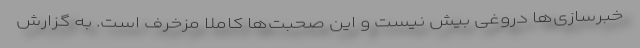
خبرسازی‌ها دروغی بیش نیست و این صحبت‌ها کاملاً مزخرف است. به گزارش